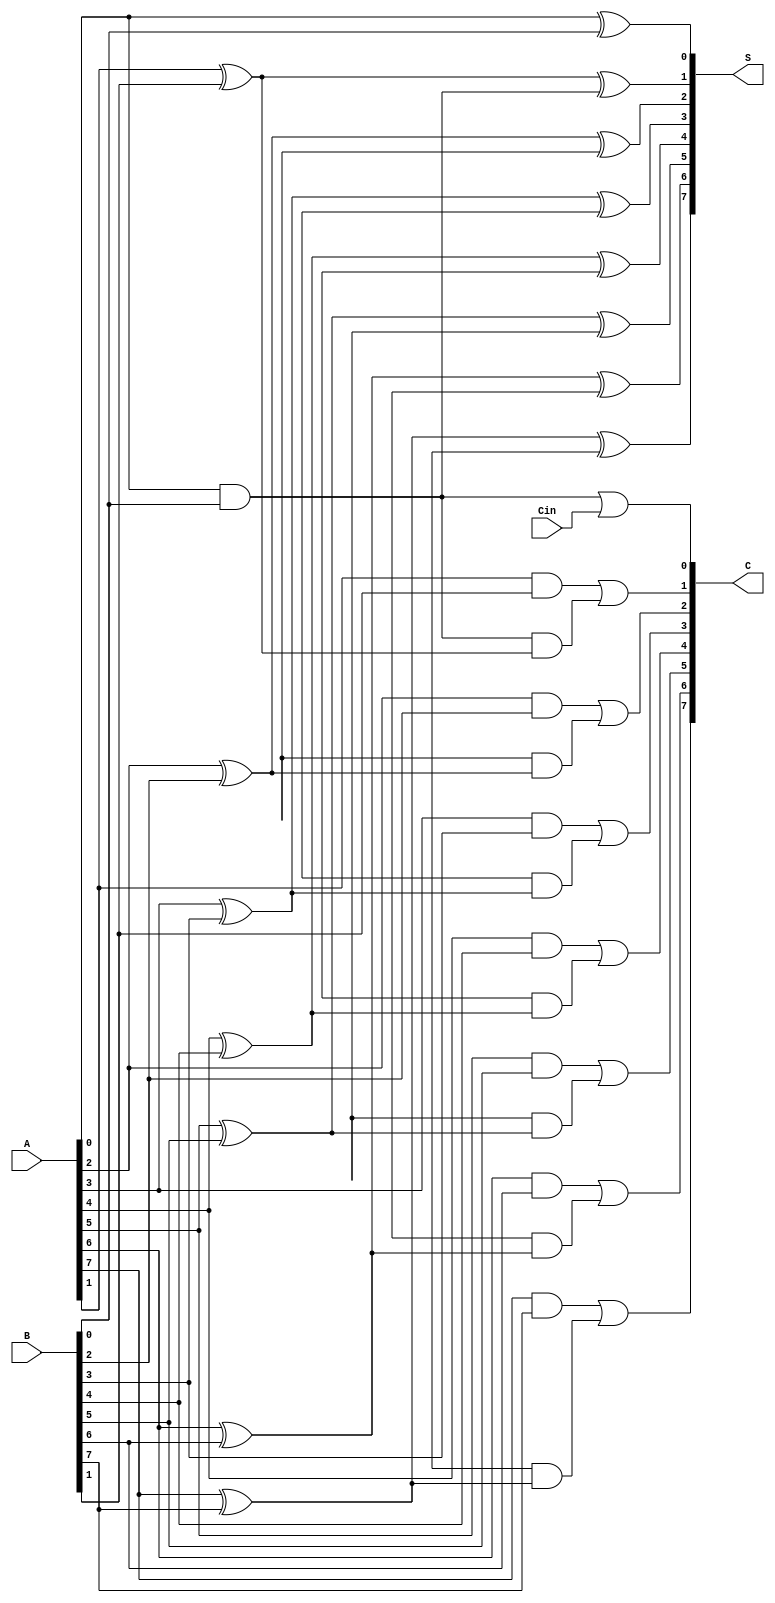
module CarrySaveAdder #(parameter N = 8) (
    input  [N-1:0] A,      // First n-bit input
    input  [N-1:0] B,      // Second n-bit input
    input         Cin,      // Carry-in
    output [N-1:0] S,      // Sum output
    output [N-1:0] C       // Carry output
);

    // Intermediate wires for carry and sum
    wire [N-1:0] sum_half;
    wire [N-1:0] carry_half;
    wire [N-1:0] sum_full;
    wire [N-1:0] carry_full;

    // Half Adder for the least significant bit
    assign sum_half[0] = A[0] ^ B[0]; // Sum for the first bit
    assign carry_half[0] = A[0] & B[0]; // Carry for the first bit

    // Full Adders for the remaining bits
    genvar i;
    generate
        for (i = 1; i < N; i = i + 1) begin : full_adder
            assign sum_full[i] = A[i] ^ B[i] ^ carry_half[i-1]; // Sum for each bit
            assign carry_full[i] = (A[i] & B[i]) | (carry_half[i-1] & (A[i] ^ B[i])); // Carry for each bit
        end
    endgenerate

    // Final Sum and Carry outputs
    assign S = {sum_full[N-1:1], sum_half[0]}; // Combine the sum bits
    assign C = {carry_full[N-1:1], carry_half[0] | Cin}; // Combine the carry bits

endmodule